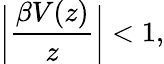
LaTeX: \bigg\vert\frac{\beta V(z)}{z}\bigg\vert<1,